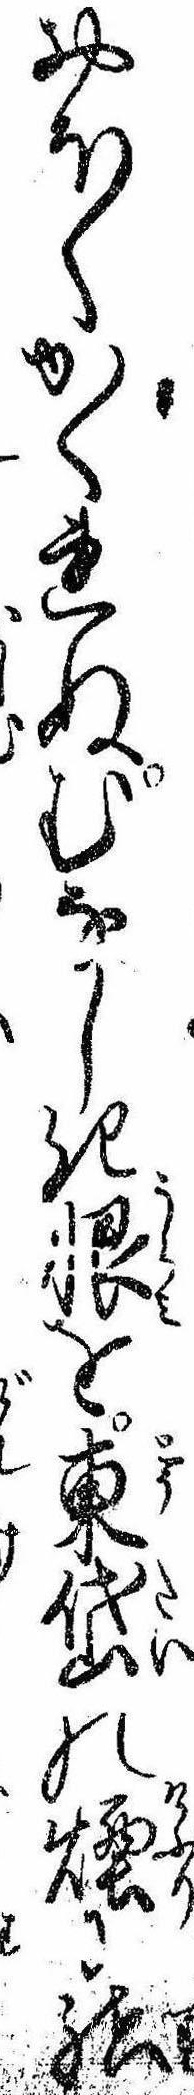
おほくかくれぬむなしき恨を東岱の煙に結